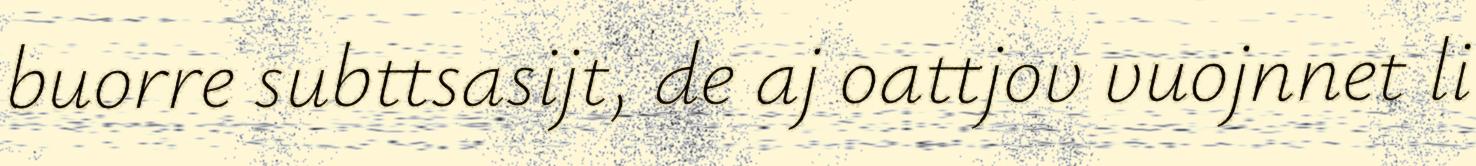
buorre subttsasijt, de aj oattjov vuojnnet li